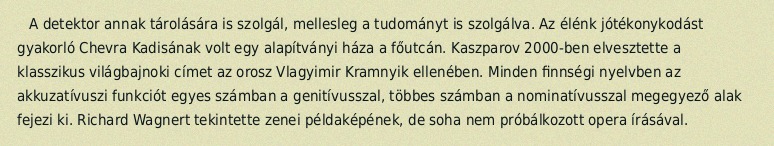
A detektor annak tárolására is szolgál, mellesleg a tudományt is szolgálva. Az élénk jótékonykodást gyakorló Chevra Kadisának volt egy alapítványi háza a főutcán. Kaszparov 2000-ben elvesztette a klasszikus világbajnoki címet az orosz Vlagyimir Kramnyik ellenében. Minden finnségi nyelvben az akkuzatívuszi funkciót egyes számban a genitívusszal, többes számban a nominatívusszal megegyező alak fejezi ki. Richard Wagnert tekintette zenei példaképének, de soha nem próbálkozott opera írásával.